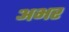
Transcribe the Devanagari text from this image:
अभर